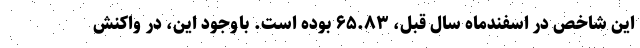
این شاخص در اسفندماه سال قبل، ۶۵.۸۳ بوده است. باوجود این، در واکنش